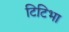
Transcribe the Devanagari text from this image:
टिटिभा